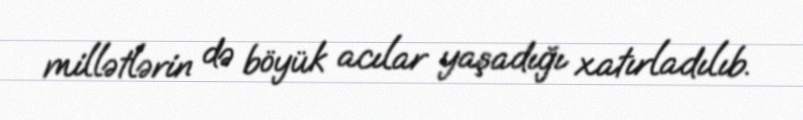
millətlərin də böyük acılar yaşadığı xatırladılıb.